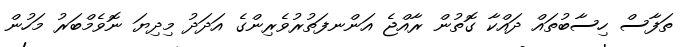
ތަފާސް ހިސާބުތައް ދައްކާ ގޮތުން ރާއްޖެ އަންނފަތުރުވެރިންގެެ އަދަދު މިދިޔަ ނޮވެމްބަރު މަހުން